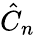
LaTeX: \hat{C}_{n}